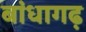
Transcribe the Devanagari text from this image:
बांधागढ़